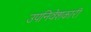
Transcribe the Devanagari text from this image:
उपनिवेशकारी